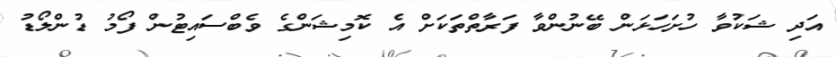
އަދި ޝަކުވާ ހުށަހަޅަން ބޭނުންވާ ފަރާތްތަކަށް އެ ކޮމިޝަންގެ ވެބްސައިޓުން ފޯމު ޑުންލޯޑު